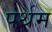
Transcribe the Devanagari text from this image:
पर्थम